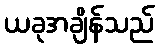
ယခုအချိန်သည်